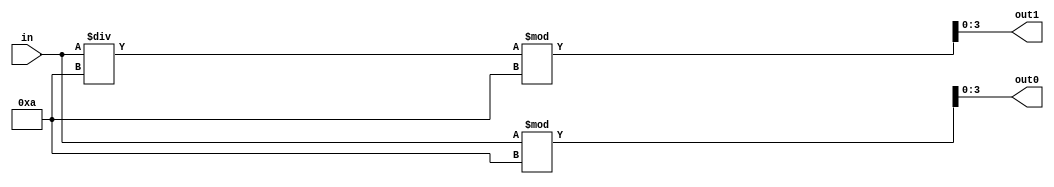
module out_port_hex2dec(in,out1,out0);
	input [31:0] in;
	output [3:0] out1,out0;
	
	reg [3:0] num1,num0;

	assign out1 = num1;
	assign out0 = num0;
	always @ (in)
	begin
		num1 = ( in / 10 ) % 10;
		num0 = in % 10;
	end
	
endmodule